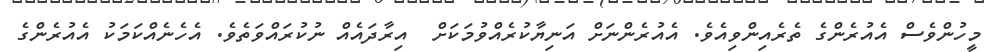
މީހުންވެސް އެއުރެންގެ ތެރެއިންވިއެވެ. އެއުރެންނަށް އަނިޔާކުރެއްވުމަކަށް  އިރާދައެއް ނުކުރައްވަތެވެ. އެހެނެއްކަމަކު އެއުރެންގެ